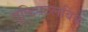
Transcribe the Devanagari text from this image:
दृष्टिपटलबिंब